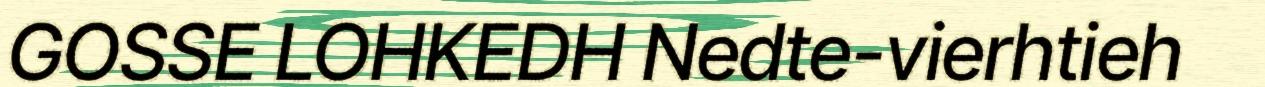
GOSSE LOHKEDH Nedte-vierhtieh